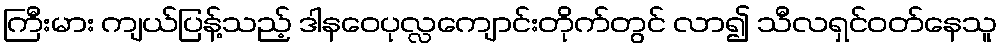
ကြီးမား ကျယ်ပြန့်သည့် ဒါနဝေပုလ္လကျောင်းတိုက်တွင် လာ၍ သီလရှင်ဝတ်နေသူ